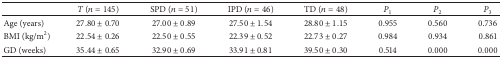
|  | T (n = 145) | SPD (n = 51) | IPD (n = 46) | TD (n = 48) | P1 | P2 | P3 |
 | --- | --- | --- | --- | --- | --- | --- | --- |
 | Age (years) | 27.80 ± 0.70 | 27.00 ± 0.89 | 27.50 ± 1.54 | 28.80 ± 1.15 | 0.955 | 0.560 | 0.736 |
 | BMI (kg/m2) | 22.54 ± 0.26 | 22.50 ± 0.55 | 22.39 ± 0.52 | 22.73 ± 0.27 | 0.984 | 0.934 | 0.861 |
 | GD (weeks) | 35.44 ± 0.65 | 32.90 ± 0.69 | 33.91 ± 0.81 | 39.50 ± 0.30 | 0.514 | 0.000 | 0.000 |